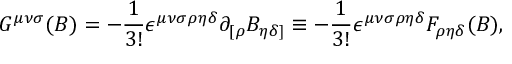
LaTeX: G ^ { { \mu } { \nu } { \sigma } } ( B ) = - { \frac { 1 } { 3 ! } } { \epsilon } ^ { { \mu } { \nu } { \sigma } { \rho } { \eta } { \delta } } { \partial } _ { [ { \rho } } B _ { { \eta } { \delta } ] } \equiv - { \frac { 1 } { 3 ! } } { \epsilon } ^ { { \mu } { \nu } { \sigma } { \rho } { \eta } { \delta } } F _ { { \rho } { \eta } { \delta } } ( B ) ,